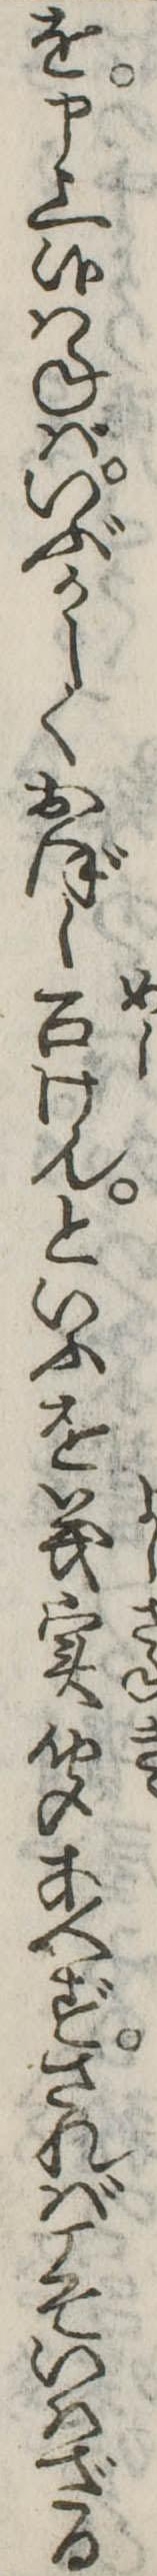
を申上候はねばいぶかしくおぼし召けんといふを義実聞あへずさればこそいはざる